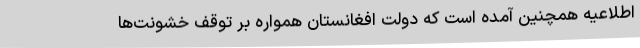
اطلاعیه همچنین آمده است که دولت افغانستان همواره بر توقف خشونت‌ها